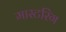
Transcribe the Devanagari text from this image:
मास्‍टरिंग